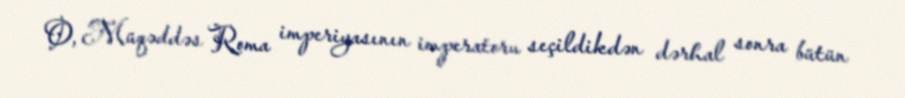
O, Müqəddəs Roma imperiyasının imperatoru seçildikdən dərhal sonra bütün